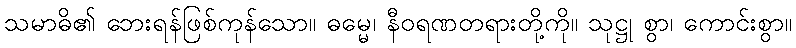
သမာဓိ၏ ဘေးရန်ဖြစ်ကုန်သော။ ဓမ္မေ၊ နီဝရဏတရားတို့ကို။ သုဋ္ဌု စွာ၊ ကောင်းစွာ။